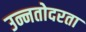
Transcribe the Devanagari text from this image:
उन्नतोदरता